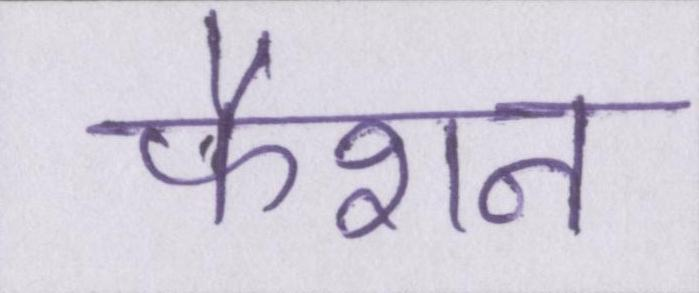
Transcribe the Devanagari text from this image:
फैशन